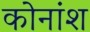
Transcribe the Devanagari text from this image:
कोनांश